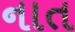
નાત